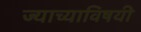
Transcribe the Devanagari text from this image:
ज्याच्याविषयी